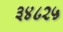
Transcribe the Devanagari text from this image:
३४८२५